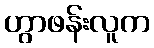
ဟွာဖန်းလူက